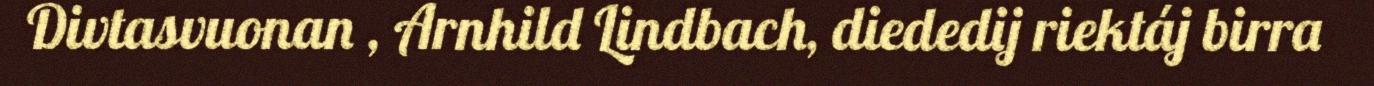
Divtasvuonan , Arnhild Lindbach, diededij riektáj birra